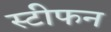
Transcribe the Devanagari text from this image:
स्टीफन